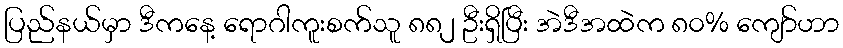
ပြည်နယ်မှာ ဒီကနေ့ ရောဂါကူးစက်သူ ၈၈၂ ဦးရှိပြီး အဲဒီအထဲက ၈၀% ကျော်ဟာ